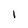
Character: 1